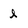
Character: l